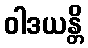
ဝါဒယန္တိ